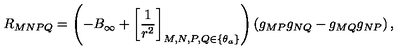
R _ { M N P Q } = \left( - B _ { \infty } + \left[ \frac { 1 } { r ^ { 2 } } \right] _ { M , N , P , Q \in \{ \theta _ { a } \} } \right) \left( g _ { M P } g _ { N Q } - g _ { M Q } g _ { N P } \right) ,